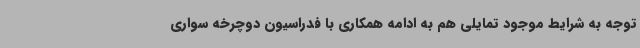
توجه به شرایط موجود تمایلی هم به ادامه همکاری با فدراسیون دوچرخه سواری